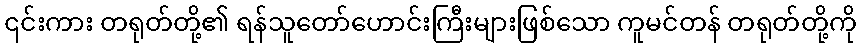
၎င်းကား တရုတ်တို့၏ ရန်သူတော်ဟောင်းကြီးများဖြစ်သော ကူမင်တန် တရုတ်တို့ကို